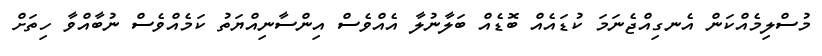
މުސްލިމެއްކަން އެނގިއްޖެނަމަ ކުޑައެއް ބޮޑެއް ބަލާނުލާ އެއްވެސް އިންސާނިއްޔަތު ކަމެއްވެސް ނުބާއްވާ ހިތަށް